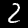
Label: 2